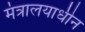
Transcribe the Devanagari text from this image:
मंत्रालयाधीन